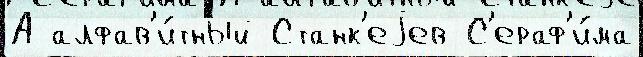
А алфав'и́тный Станк'еjев С'ераф'и́ма